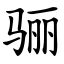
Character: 骊